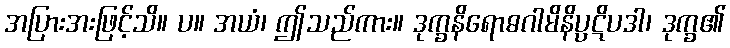
အပြားအးဖြင့်သိ။ ပ။ အယံ၊ ဤသည်ကား။ ဒုက္ခနိရောဓဂါမိနိပ္ပဋိပဒါ၊ ဒုက္ခ၏